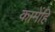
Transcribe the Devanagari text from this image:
कामेंहि